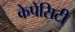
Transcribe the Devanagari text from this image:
केपेसिटी